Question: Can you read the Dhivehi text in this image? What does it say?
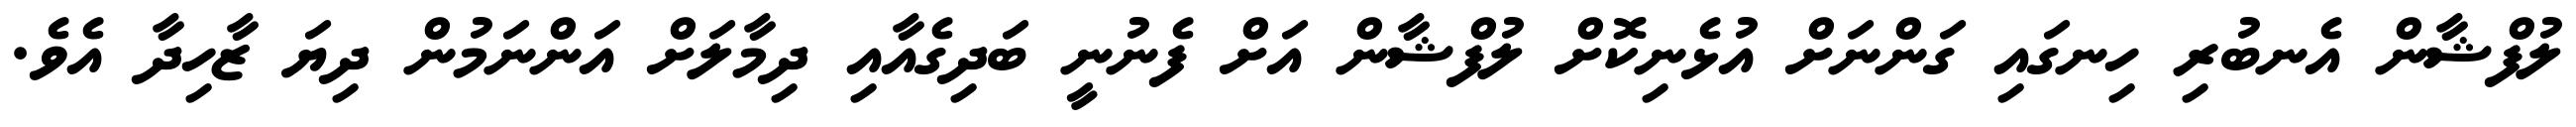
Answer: ލުފްޝާން އެނބުރި ހިނގައި ގަންނަށް އުޅެނިކޮށް ލުފްޝާން އަށް ފެނުނީ ބަދިގެއާއި ދިމާލަށް އަންނަމުން ދިޔަ ޒާހިދާ އެވެ.